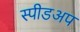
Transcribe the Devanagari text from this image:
स्पीडअप